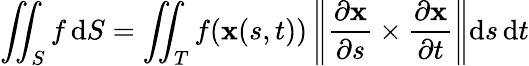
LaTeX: \iint_{S}f\, \mathrm{d}S=\iint_{T}f(\mathbf{x}(s,t))\left\| {\frac{\partial\mathbf{x}}{\partial s}}\times{\frac{\partial\mathbf{x}}{\partial t}}\right\| \mathrm{d}s\, \mathrm{d}t